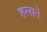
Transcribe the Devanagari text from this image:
हलाने